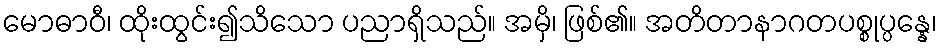
မောဓာဝီ၊ ထိုးထွင်း၍သိသော ပညာရှိသည်။ အမှိ၊ ဖြစ်၏။ အတိတာနာဂတပစ္စုပ္ပန္နေ၊